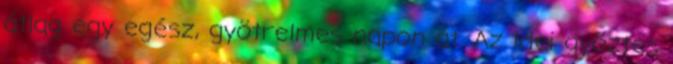
átlag egy egész, gyötrelmes napon át. Az idei győztes